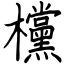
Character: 欓